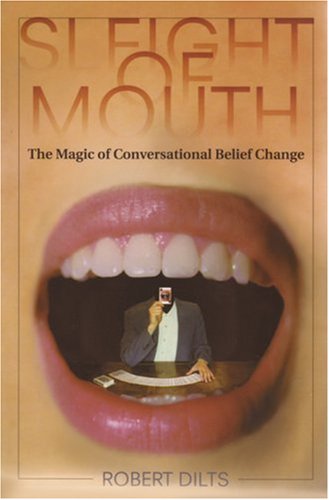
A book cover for Sleight of Mouth; Robert Dilts; Health, Fitness & Dieting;